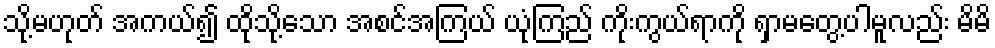
သို့မဟုတ် အကယ်၍ ထိုသို့သော အစင်အကြယ် ယုံကြည် ကိုးကွယ်ရာကို ရှာမတွေ့ပါမူလည်း မိမိ